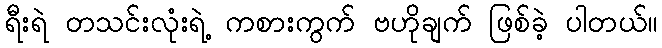
ရီးရဲ တသင်းလုံးရဲ့ ကစားကွက် ဗဟိုချက် ဖြစ်ခဲ့ ပါတယ်။